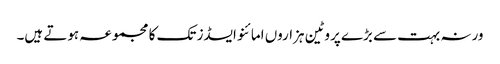
ورنہ بہت سے بڑے پروٹین ہزاروں امائنو ایسڈز تک کا مجموعہ ہوتے ہیں۔